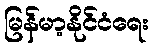
မြန်မာ့နိုင်ငံရေး